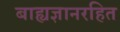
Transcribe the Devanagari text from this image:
बाह्यज्ञानरहित